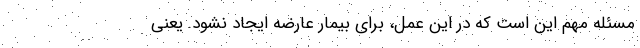
مسئله مهم این است که در این عمل، برای بیمار عارضه ایجاد نشود. یعنی